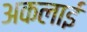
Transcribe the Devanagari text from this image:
अकलाई